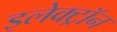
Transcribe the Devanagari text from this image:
इलेक्ट्राॅन